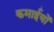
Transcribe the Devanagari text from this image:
कमाईयों